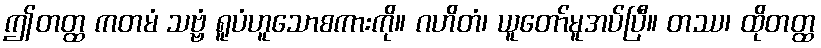
ဤတတ္ထ ကတမံ သဗ္ဗံ ရူပံဟူသောစကားကို။ ဂဟိတံ၊ ယူတော်မူအပ်ပြီ။ တဿ၊ ထိုတတ္ထ